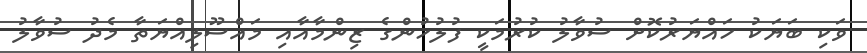
ވަކި ބަޔަކު ހައްޔަރުކޮށް ސުވާލު ކުރުމަކީ ފުލުހުންގެ ޒިންމާއާއި މައްސޫލިއްޔަތާ މެދު ސުވާލު